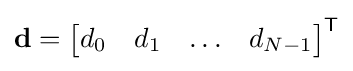
\mathbf {d} ={\begin{bmatrix}d_{0}&d_{1}&\ldots &d_{N-1}\end{bmatrix}}^{\textsf {T}}